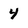
Character: 4